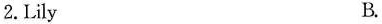
A. 2.Lily B.